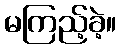
မကြည့်ခဲ့။